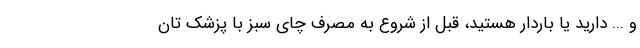
و ... دارید یا باردار هستید، قبل از شروع به مصرف چای سبز با پزشک تان